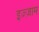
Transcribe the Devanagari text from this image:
इज़्ज़ाम